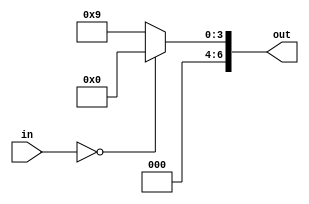
module temp(
    input [3:0] in,

    output [6:0] out
);

wire [2:0] MSB;
reg [3:0] LSB;

/*
parameter ZERO =  7'b100_0000;
parameter ONE =   7'b111_1001;
parameter TWO = 7'b010_0100;
parameter THREE = 7'b011_0000;
parameter FOUR = 7'b001_1001;
parameter FIVE = 7'b001_0010;
parameter SIX = 7'b000_0010;
parameter SEVEN = 7'b111_1000;
parameter EIGHT = 7'b000_0000;
parameter NINE = 7'b001_1000;
parameter A = 7'b000_1000;
parameter B = 7'b000_0001;
parameter C = 7'b100_0110;
parameter D = 7'b010_0001;
parameter E = 7'b000_0110;
parameter F = 7'b000_1110;
*/

parameter ZERO =  7'b100_0000;
parameter ONE =   7'b111_1001;

always @(in) begin
    case (in)
        4'b0000: begin //zero
            LSB = ZERO[3:0];
            
        end
         default: begin
            LSB = ONE[3:0];
         end    
    endcase      
end

//MSB = 3'b111;

assign out = LSB;

endmodule